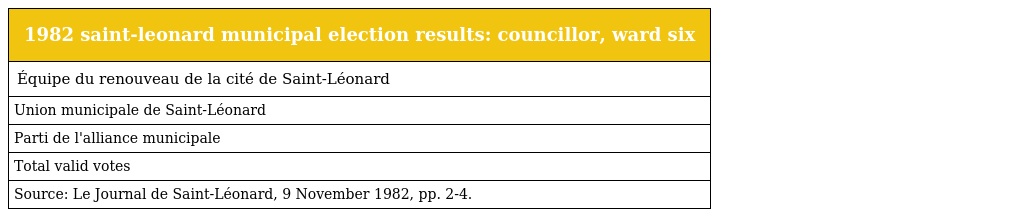
| 1982 saint-leonard municipal election results: councillor, ward six |
 | --- |
 | Équipe du renouveau de la cité de Saint-Léonard |
 | Union municipale de Saint-Léonard |
 | Parti de l'alliance municipale |
 | Total valid votes |
 | Source: Le Journal de Saint-Léonard, 9 November 1982, pp. 2-4. |